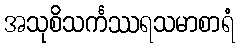
အသုစိသင်္ကဿရသမာစာရံ